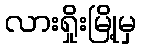
လားရှိုးမြို့မှ